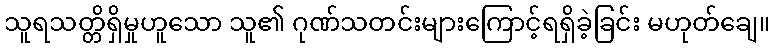
သူရသတ္တိရှိမှုဟူသော သူ၏ ဂုဏ်သတင်းများကြောင့်ရရှိခဲ့ခြင်း မဟုတ်ချေ။